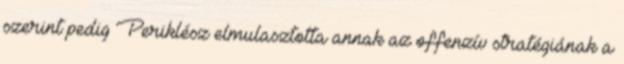
szerint pedig Periklész elmulasztotta annak az offenzív stratégiának a